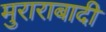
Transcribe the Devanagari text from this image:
मुराराबादी